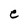
Character: e